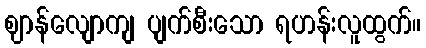
ဈာန်လျောကျ ပျက်စီးသော ရဟန်းလူထွက်။